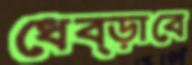
ধেব্‌ড়াবে